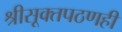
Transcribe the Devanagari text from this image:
श्रीसूक्तपठणही